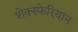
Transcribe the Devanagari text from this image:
शेक्स्फेरियान